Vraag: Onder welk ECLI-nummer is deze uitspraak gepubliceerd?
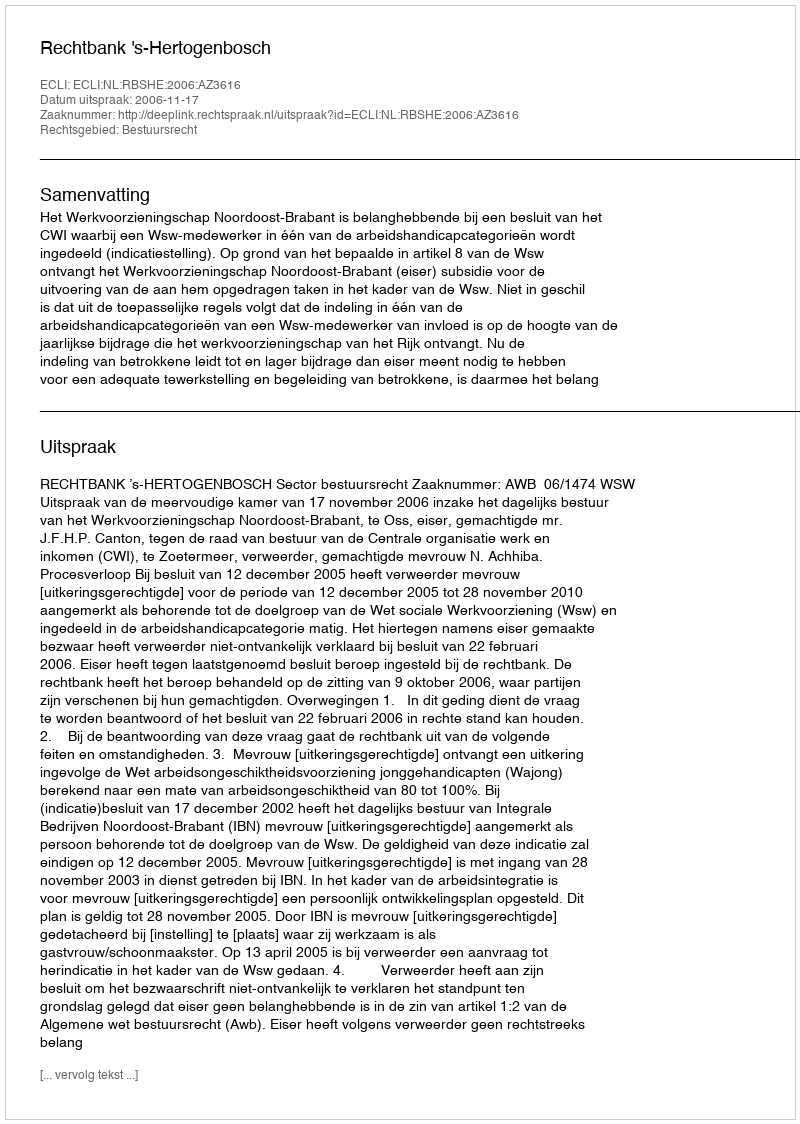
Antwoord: ECLI:NL:RBSHE:2006:AZ3616